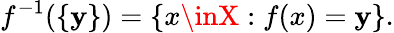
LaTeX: f^{-1}(\{ \mathbf{y}\} )=\left\{ x\inX:f(x)=\mathbf{y}\right\} .